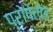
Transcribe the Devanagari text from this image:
प्रोपेलेड